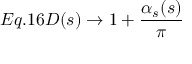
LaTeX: E q . 1 6 { \cal D } ( s ) \rightarrow 1 + \frac { \alpha _ { s } ( s ) } { \pi }